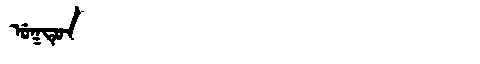
Manchu: ᡠᡴᡨᡠᠨ
Romanization: UKTUN